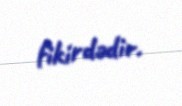
fikirdədir.